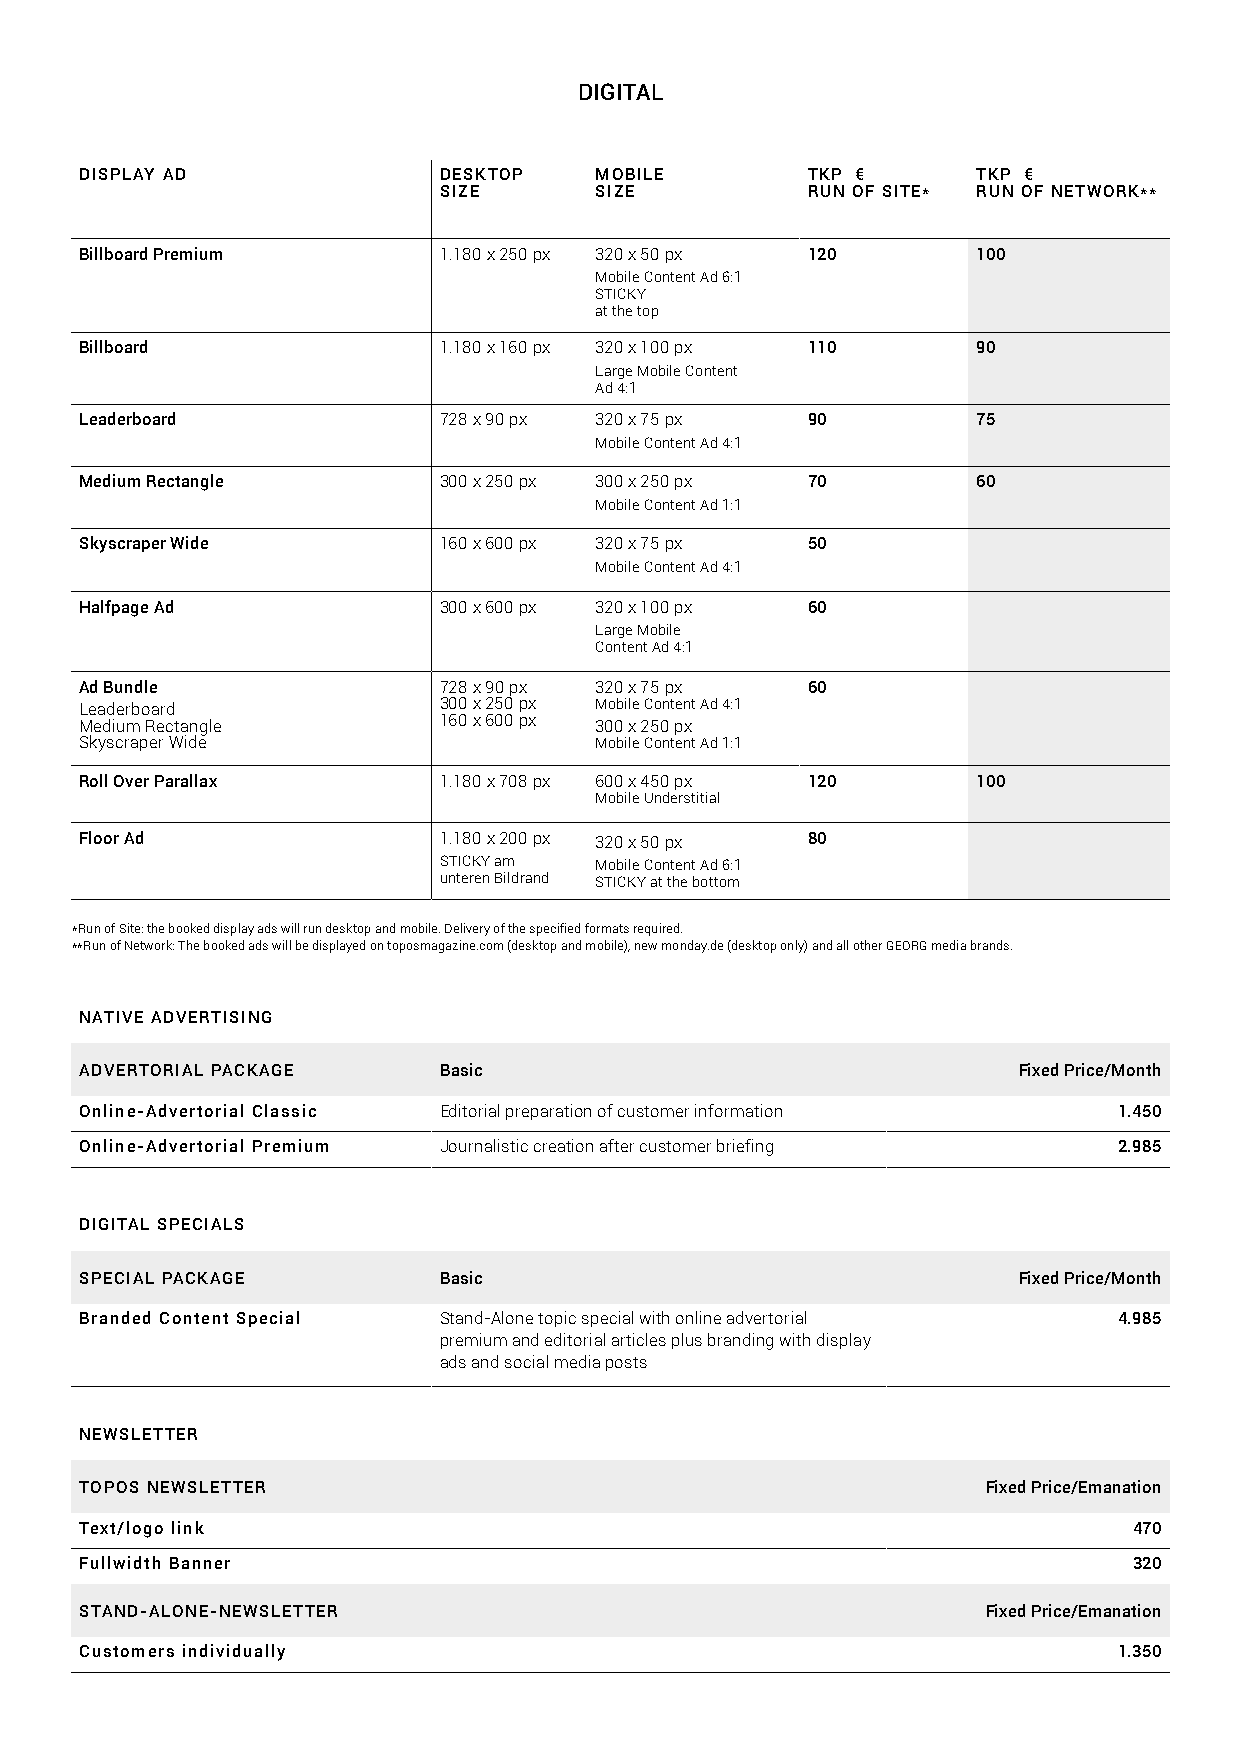
DIGITAL
 DISPLAY AD              DESKTOP   MOBILE        TKP €       TKP €
 SIZE      SIZE          RUN OF SITE* RUN OF NETWORK**
 Billboard Premium       1.180 x 250 px 320 x 50 px 120      100
 Mobile Content Ad 6:1
 STICKY
 at the top
 Billboard               1.180 x 160 px 320 x 100 px 110     90
 Large Mobile Content
 Ad 4:1
 Leaderboard             728 x 90 px 320 x 75 px 90          75
 Mobile Content Ad 4:1
 Medium Rectangle        300 x 250 px 300 x 250 px 70        60
 Mobile Content Ad 1:1
 Skyscraper Wide         160 x 600 px 320 x 75 px 50
 Mobile Content Ad 4:1
 Halfpage Ad             300 x 600 px 320 x 100 px 60
 Large Mobile
 Content Ad 4:1
 Ad Bundle               728 x 90 px 320 x 75 px 60
 Leaderboard             300 x 250 px Mobile Content Ad 4:1
 Medium Rectangle        160 x 600 px 300 x 250 px
 Skyscraper Wide                   Mobile Content Ad 1:1
 Roll Over Parallax      1.180 x 708 px 600 x 450 px 120     100
 Mobile Understitial
 Floor Ad                1.180 x 200 px 320 x 50 px 80
 STICKY am Mobile Content Ad 6:1
 unteren Bildrand STICKY at the bottom
 *Run of Site: the booked display ads will run desktop and mobile. Delivery of the specified formats required.
 **Run of Network: The booked ads will be displayed on toposmagazine.com (desktop and mobile), new monday.de (desktop only) and all other GEORG media brands.
 NATIVE ADVERTISING
 ADVERTORIAL PACKAGE     Basic                                 Fixed Price/Month
 Online-Advertorial Classic Editorial preparation of customer information 1.450
 Online-Advertorial Premium Journalistic creation after customer briefing 2.985
 DIGITAL SPECIALS
 SPECIAL PACKAGE         Basic                                 Fixed Price/Month
 Branded Content Special Stand-Alone topic special with online advertorial 4.985
 premium and editorial articles plus branding with display
 ads and social media posts
 NEWSLETTER
 TOPOS NEWSLETTER                                            Fixed Price/Emanation
 Text/logo link                                                        470
 Fullwidth Banner                                                      320
 STAND-ALONE-NEWSLETTER                                      Fixed Price/Emanation
 Customers individually                                               1.350